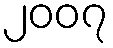
၂၀၀၇